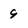
Character: 9